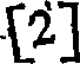
[2]